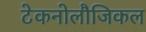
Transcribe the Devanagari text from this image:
टेकनोलौजिकल